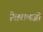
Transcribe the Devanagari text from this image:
हेतरामजी